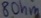
Text: 8Ohm